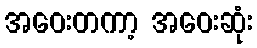
အဝေးတကာ့ အဝေးဆုံး